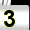
Digit: 3